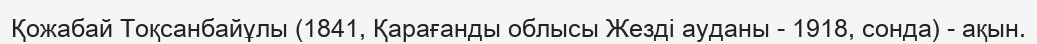
Қожабай Тоқсанбайұлы (1841, Қарағанды облысы Жезді ауданы - 1918, сонда) - ақын.